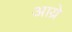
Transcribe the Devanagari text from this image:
आय्रे